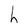
Character: h